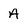
Character: A